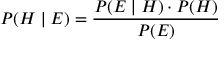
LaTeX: P ( H \mid E ) = { \frac { P ( E \mid H ) \cdot P ( H ) } { P ( E ) } }